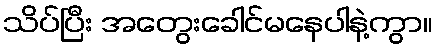
သိပ်ပြီး အတွေးခေါင်မနေပါနဲ့ကွာ။